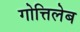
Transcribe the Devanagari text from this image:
गोत्तिलेब